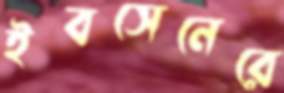
ইবসেনেরে